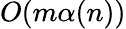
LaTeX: O(m\alpha(n))